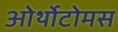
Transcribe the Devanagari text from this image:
ओर्थोटोमस